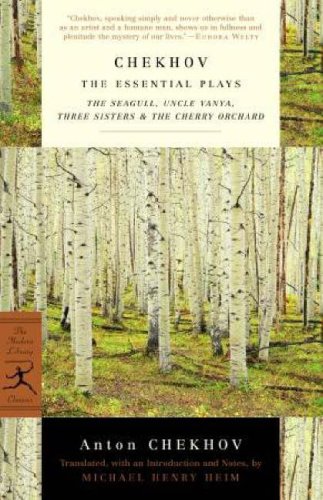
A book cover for Chekhov: The Essential Plays (Modern Library Classics); Anton Chekhov; Literature & Fiction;